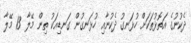
ދެކުނުގެ އަތޮޅުތަކަށް ހުޅަނގު ދެކުނާއި ހުޅަނގުން ގަނޑިއަކު ތިން މޭލާ 13 މޭލާ